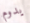
يدوم